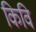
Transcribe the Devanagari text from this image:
किवि